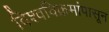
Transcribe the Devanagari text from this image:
विश्वविक्रमांपासून